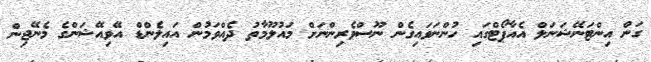
ގަން އިންޓަނޭޝަނަލް އެއާޕޯޓްގައި ހުންނަވައިގެން ނޫސްވެރިންނަށް މައުލޫމާތު ދެއްވަމުން އައިލެންޑް އޭވިއޭޝަންގެ މެނޭޖިން